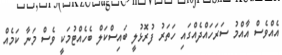
އެއްވެސް އާއްމު ސަރަހައްދެއްގައި ހަތަރު ފުރޮޅުލީ ބައިސްކަލް ބެހެއްޓުމަކީ ވެސް މަނާ ކަމެއް